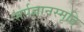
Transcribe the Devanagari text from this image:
सर्पज्ञानस्मृति